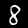
Label: 8